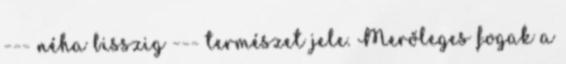
--- néha bisszig --- természet jele. Merőleges fogak a